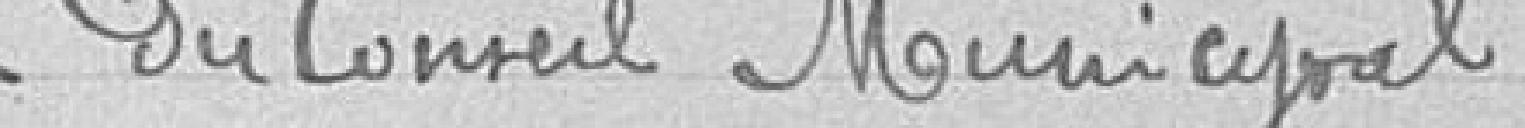
du Conseil Municipal